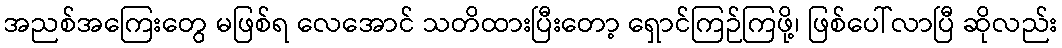
အညစ်အကြေးတွေ မဖြစ်ရ လေအောင် သတိထားပြီးတော့ ရှောင်ကြဉ်ကြဖို့၊ ဖြစ်ပေါ်လာပြီ ဆိုလည်း